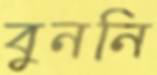
বুননি